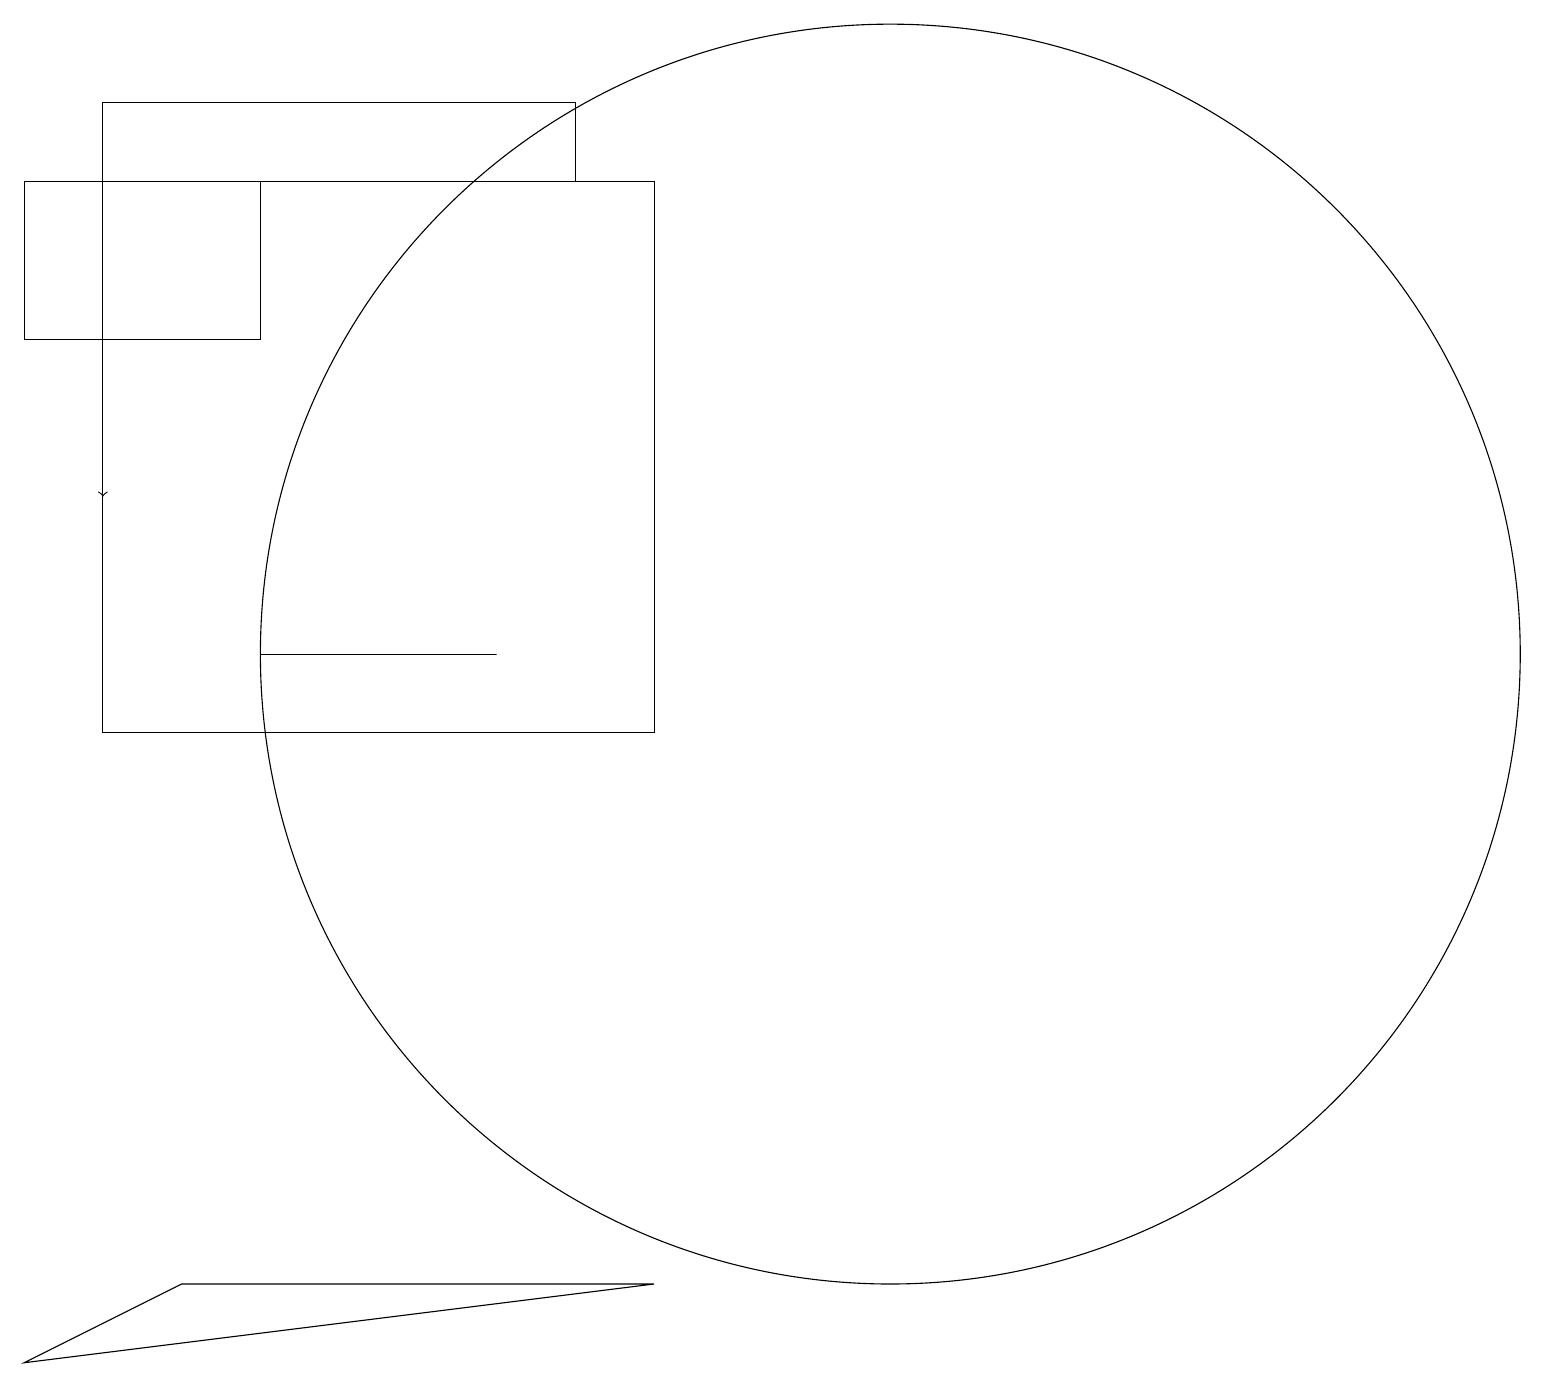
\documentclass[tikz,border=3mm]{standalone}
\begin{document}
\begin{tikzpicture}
\draw (11,12) circle (8);
\draw (8,18) rectangle (1,11);
\draw (3,18) rectangle (0,16);
\draw (7,19) rectangle (1,18);
\draw (2,4) -- (0,3) -- (8,4) -- cycle;
\draw (6,12) rectangle (3,12);
\draw[->] (1,16) -- (1,14);
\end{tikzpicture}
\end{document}